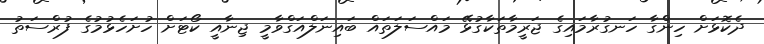
ދެކޮޅަށް ހިންގާ ހަނގުރާމައިގެ ޖަރީމާތަކާގުޅޭ މައްސަލަތައް ބައިނަލްއަގްވާމީ ޖިނާއީ ކޯޓަށް ހުށަހެޅުމުގެ ފުރްސަތު